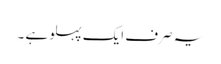
یہ صرف ایک پہلو ہے ۔